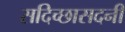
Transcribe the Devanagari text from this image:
सदिच्छासदनीं